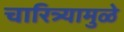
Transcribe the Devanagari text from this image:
चारित्र्यामुळे